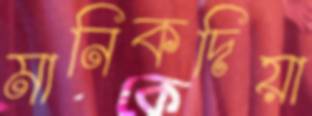
মানিকদিয়া